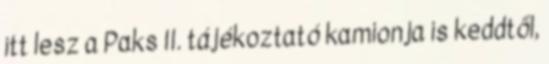
itt lesz a Paks II. tájékoztató kamionja is keddtől,